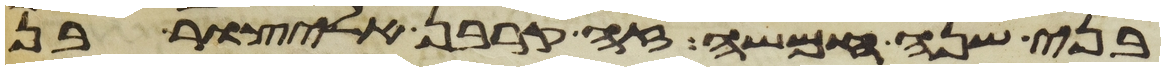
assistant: בני שנה חמשה זה קרבן אליצור בן